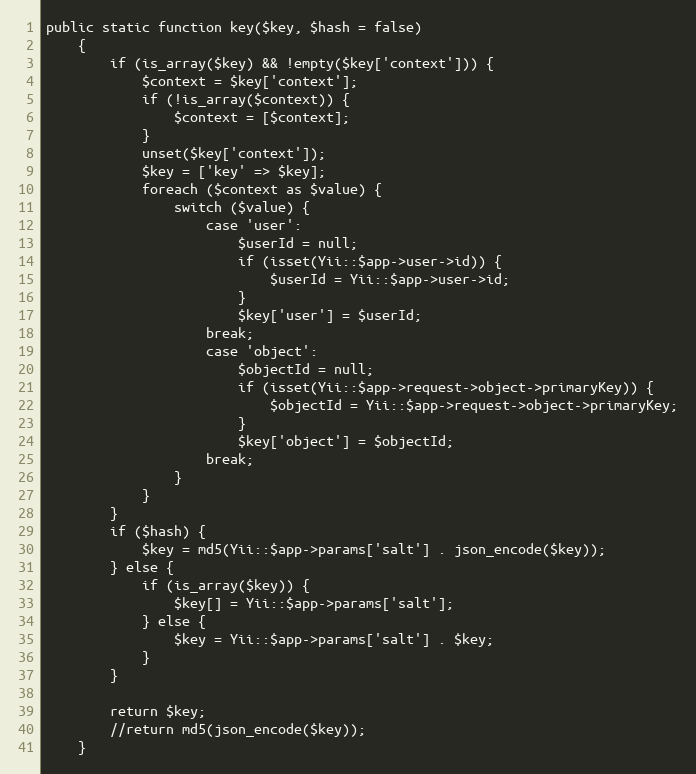
Language: PHP
public static function key($key, $hash = false)
    {
        if (is_array($key) && !empty($key['context'])) {
            $context = $key['context'];
            if (!is_array($context)) {
                $context = [$context];
            }
            unset($key['context']);
            $key = ['key' => $key];
            foreach ($context as $value) {
                switch ($value) {
                    case 'user':
                        $userId = null;
                        if (isset(Yii::$app->user->id)) {
                            $userId = Yii::$app->user->id;
                        }
                        $key['user'] = $userId;
                    break;
                    case 'object':
                        $objectId = null;
                        if (isset(Yii::$app->request->object->primaryKey)) {
                            $objectId = Yii::$app->request->object->primaryKey;
                        }
                        $key['object'] = $objectId;
                    break;
                }
            }
        }
        if ($hash) {
            $key = md5(Yii::$app->params['salt'] . json_encode($key));
        } else {
            if (is_array($key)) {
                $key[] = Yii::$app->params['salt'];
            } else {
                $key = Yii::$app->params['salt'] . $key;
            }
        }

        return $key;
        //return md5(json_encode($key));
    }